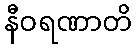
နီဝရဏာတိ